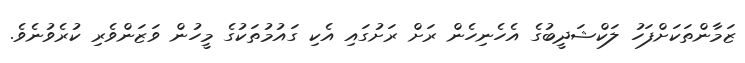
ޒަމާންތަކަށްފަހު ލަކްޝަދީބުގެ އެހެނިހެން ރަށް ރަށުގައި އެކި ގައުމުތަކުގެ މީހުން ވަޒަންވެރި ކުރެވުނެވެ.